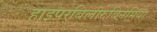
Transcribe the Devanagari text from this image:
हाइपरबिलीरुबिनेमिया